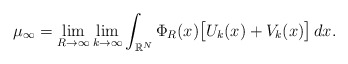
\begin{align*} \mu_{\infty}= \lim_{R\to \infty}\lim_{k\to \infty} \int_{\mathbb{R}^{N}}\Phi_{R}(x)\big[ U_k(x)+V_k(x)\big]\,dx . \end{align*}